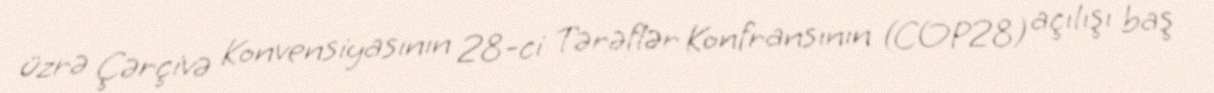
üzrə Çərçivə Konvensiyasının 28-ci Tərəflər Konfransının (COP28) açılışı baş